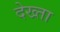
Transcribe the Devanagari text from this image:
देख्ता